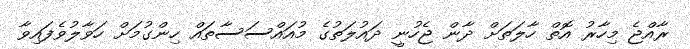
ރާއްޖެ މިހާރު އޮތް ހާލަތަށް ދާން ޖެހުނީ ދައުލަތުގެ މުއައްސަސާތައް ހިންގުމަށް ހަވާލުވެފައިވާ